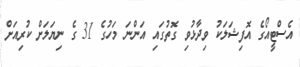
އެސްޓީއޯގެ އޮފިޝަލަކު ވިދާޅުވި ގޮތުގައި އަންނަ މަހުގެ 31 ގެ ނިޔަަލަށް ކުރިއަށް